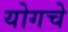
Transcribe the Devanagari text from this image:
योगचे